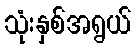
သုံးနှစ်အရွယ်